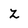
Character: z